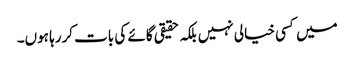
میں کسی خیالی نہیں بلکہ حقیقی گائے کی بات کررہا ہوں۔